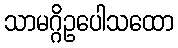
သာမဂ္ဂိဥပေါသထော